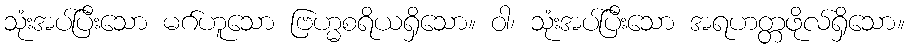
သုံးအပ်ပြီးသော မဂ်ဟူသော ဗြဟ္မစရိယရှိသော။ ဝါ၊ သုံးအပ်ပြီးသော အရဟတ္တဖိုလ်ရှိသော။